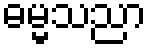
ဓမ္မသညာ